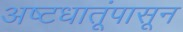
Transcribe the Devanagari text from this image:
अष्टधातूंपासून